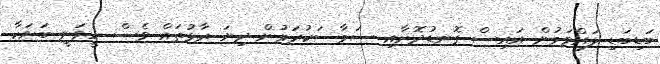
ބަޑިބަޑި ލައްވަމުން އައިސް ގޮނޑުދޮށާއި ސަމާސަކުރަމުން ދިޔަ ރާޅުތައް ވެސް ހީވަނީ ބަޔަކާ